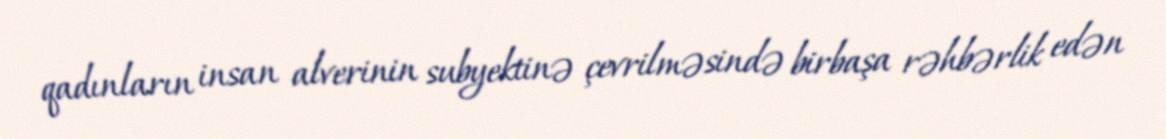
qadınların insan alverinin subyektinə çevrilməsində birbaşa rəhbərlik edən